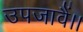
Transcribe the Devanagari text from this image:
उपजावैं।।